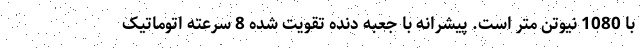
با 1080 نیوتن متر است. پیشرانه با جعبه دنده تقویت شده 8 سرعته اتوماتیک